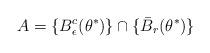
LaTeX: \begin{align*}A = \{ B^c_\epsilon(\theta^*)\} \cap \{\bar {B}_r(\theta^*) \}\end{align*}